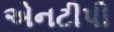
એનટીપી